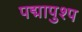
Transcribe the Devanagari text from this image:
पद्मापुश्प